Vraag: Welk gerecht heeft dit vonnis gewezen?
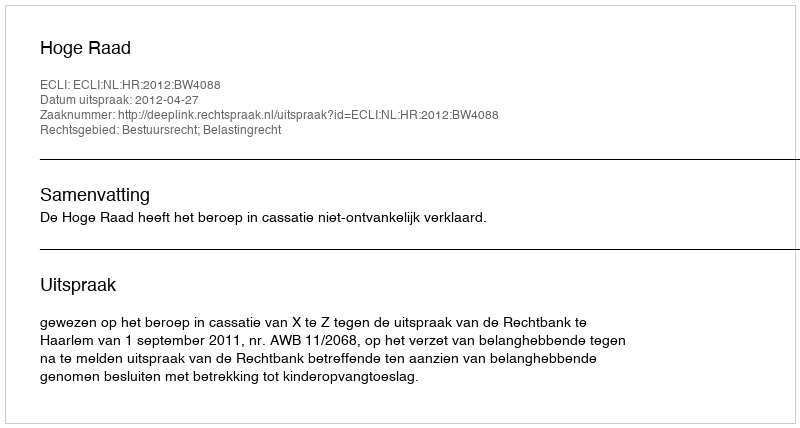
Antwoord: Hoge Raad